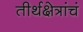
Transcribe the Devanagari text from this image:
तीर्थक्षेत्रांचं